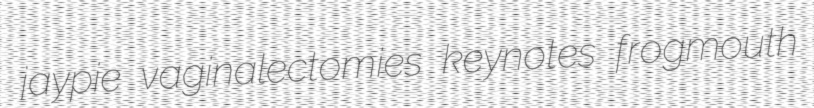
jaypie vaginalectomies keynotes frogmouth